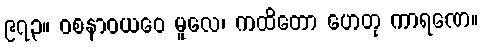
၉၇၃။ ဝစနာဝယဝေ မူလေ၊ ကထိတော ဟေတု ကာရဏေ။